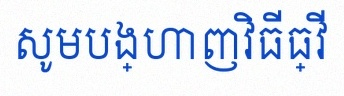
សូមបង្ហាញវិធីធ្វើ